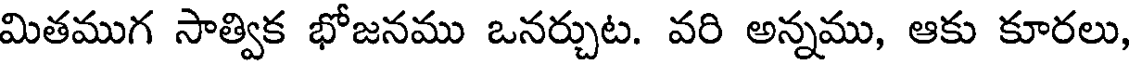
మితముగ సాత్విక భోజనము ఒనర్చుట. వరి అన్నము, ఆకు కూరలు,